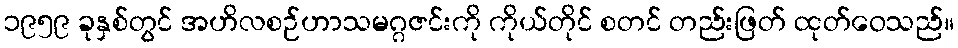
၁၉၅၉ ခုနှစ်တွင် အဟိလစဉ်ဟာသမဂ္ဂဇင်းကို ကိုယ်တိုင် စတင် တည်းဖြတ် ထုတ်ဝေသည်။